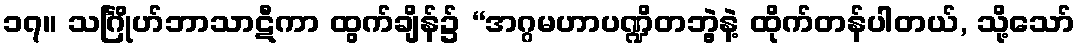
၁၇။ သင်္ဂြိုဟ်ဘာသာဋီကာ ထွက်ချိန်၌ “အဂ္ဂမဟာပဏ္ဍိတဘွဲ့နဲ့ ထိုက်တန်ပါတယ်, သို့သော်